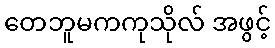
တေဘူမကကုသိုလ် အဖွင့်